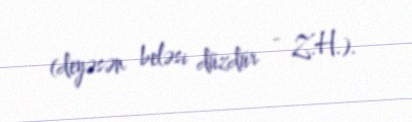
(deyəsən beləsi düzdür - Z.H.).